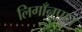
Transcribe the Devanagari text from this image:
लिगाँनुपात